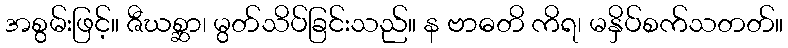
အစွမ်းဖြင့်။ ဇီဃစ္ဆာ၊ မွတ်သိပ်ခြင်းသည်။ န ဗာဓတိ ကိရ၊ မနှိပ်စက်သတတ်။